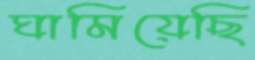
ঘামিয়েছি